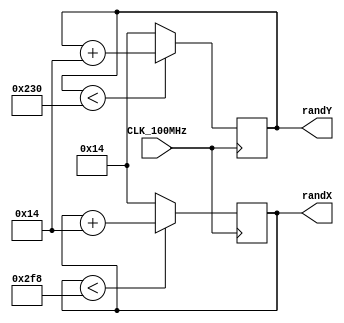
//Written by James Mock to generate a random x,y coordinate
//within the bounds of an 800x600 for use by the main system.
module RandomPoint(CLK_100MHz, randX, randY);
	input CLK_100MHz;
	output [10:0]randX;
	output [10:0]randY;
	
	reg [10:0]pointX, pointY;

	always @(posedge CLK_100MHz) 
	begin
        if(pointX<760) 
            pointX <= pointX+20; 
        else
            pointX <= 20;
            
        if (pointY<560)
            pointY <= pointY+20;
        else		
            pointY <= 20;	
	end
	
	assign randX = pointX;
	assign randY = pointY;
endmodule